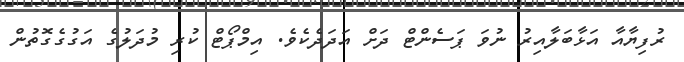
ރުފިޔާއާ އަޅާބަލާއިރު ނުވަ ޕަސެންޓް ދަށް އަދަދެކެވެ. އިމްޕޯޓް ކުރި މުދަލުގެ އަގުގެގޮތުން